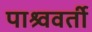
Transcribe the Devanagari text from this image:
पाश्र्ववर्ती